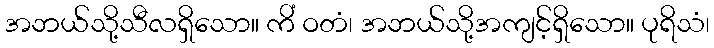
အဘယ်သို့သီလရှိသော။ ကိံ ဝတံ၊ အဘယ်သို့အကျင့်ရှိသော။ ပုရိသံ၊